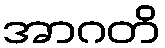
အာဂတိ